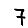
Digit: 7